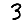
Digit: 3